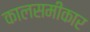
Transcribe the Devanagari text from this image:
कालसमीकार